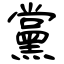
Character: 黨